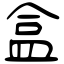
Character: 盒